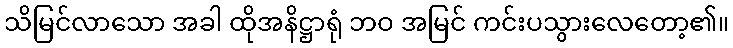
သိမြင်လာသော အခါ ထိုအနိဋ္ဌာရုံ ဘဝ အမြင် ကင်းပသွားလေတော့၏။